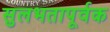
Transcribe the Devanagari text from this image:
सुलभतापूर्वक